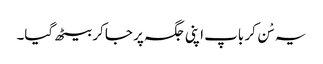
یہ سْن کر باپ اپنی جگہ پر جا کر بیٹھ گیا۔